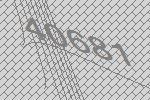
40681